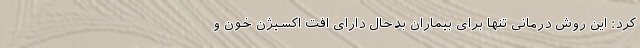
کرد: این روش درمانی تنها برای بیماران بدحال دارای افت اکسیژن خون و